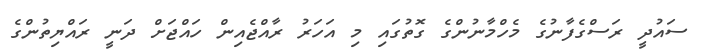
ސައުދީ ރަސްގެފާނުގެ މެހްމާނުންގެ ގޮތުގައި މި އަހަރު ރާއްޖެއިން ހައްޖަށް ދަނީ ރައްޔިތުންގެ